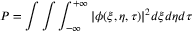
P = \int \int \int _ { - \infty } ^ { + \infty } | \phi ( \xi , \eta , \tau ) | ^ { 2 } d \xi d \eta d \tau